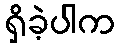
ရှိခဲ့ပါက